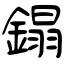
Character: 鎉